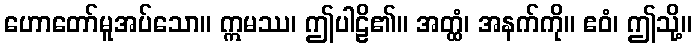
ဟောတော်မူအပ်သော။ ဣမဿ၊ ဤပါဠိ၏။ အတ္ထံ၊ အနက်ကို။ ဧဝံ၊ ဤသို့။